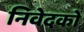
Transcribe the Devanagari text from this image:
निवेदकों